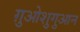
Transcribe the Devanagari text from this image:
ग़ुओशुगुआन